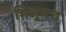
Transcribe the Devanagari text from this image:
भिजूनच